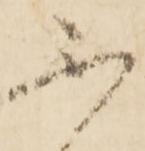
不